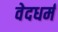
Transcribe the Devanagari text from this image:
वेदधर्म